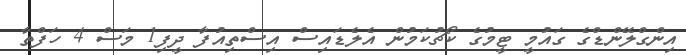
އިންގްލޭންޑްގެ ގައުމީ ޓީމުގެ ކޯޗުކަމުން އެލެޑައިސް އިސްތިއުފާ ދީފި1 މަސް 4 ހަފްތާ